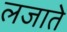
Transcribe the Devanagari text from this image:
लजाते